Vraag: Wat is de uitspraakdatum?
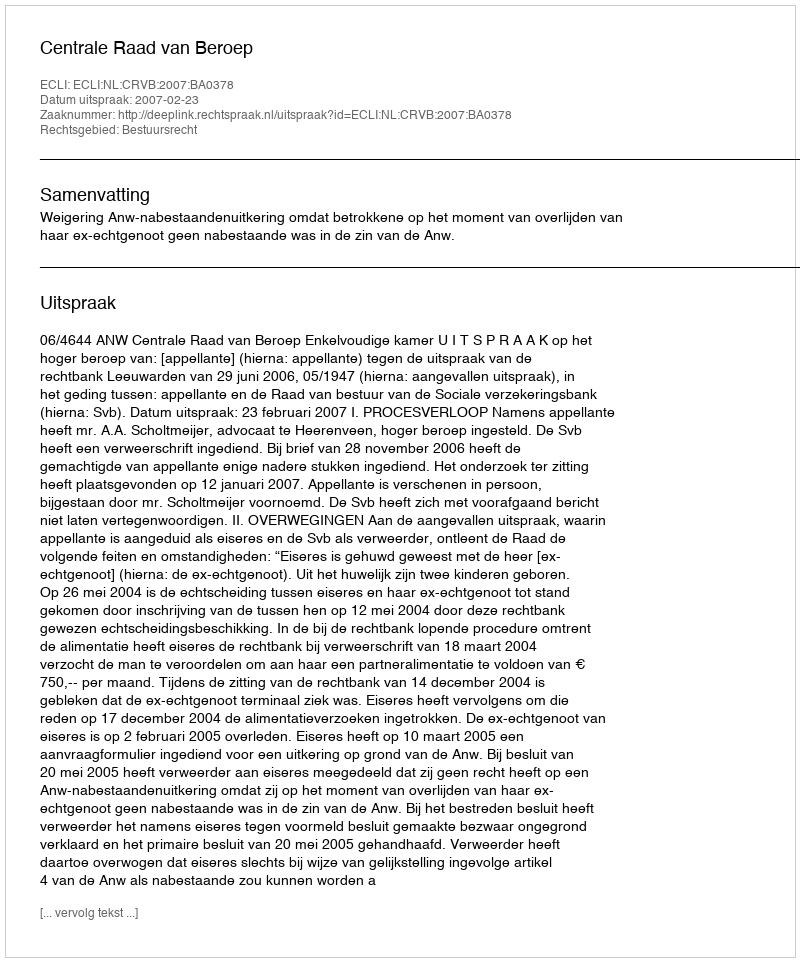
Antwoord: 2007-02-23